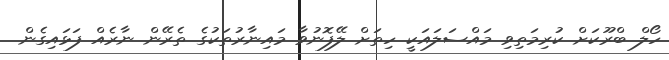
ހޯލް ބްރޫކަަށް ކުރިމަތިވި މައްސަލައަކީ ހިތަށް ލޭފޮނުވާ މައިނާރުތަކުގެ ތެރޭން ނާރެއް ފަޅައިގެން